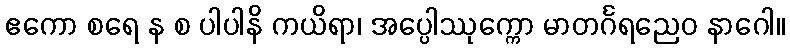
ဧကော စရေ န စ ပါပါနိ ကယိရာ၊ အပ္ပေါဿုက္ကော မာတင်္ဂရညေဝ နာဂေါ။